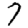
Digit: 7